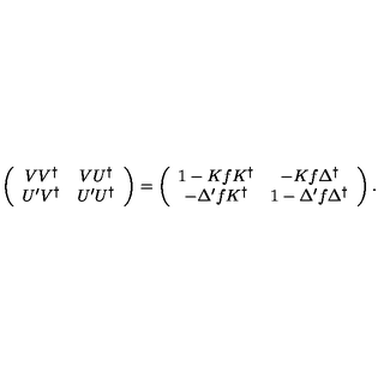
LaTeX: \left( \begin{array} { c c } { V V ^ { \dag } } & { V U ^ { \dag } } \\ { U ^ { \prime } V ^ { \dag } } & { U ^ { \prime } U ^ { \dag } } \\ \end{array} \right) = \left( \begin{array} { c c } { 1 - K f K ^ { \dag } } & { - K f \Delta ^ { \dag } } \\ { - \Delta ^ { \prime } f K ^ { \dag } } & { 1 - \Delta ^ { \prime } f \Delta ^ { \dag } } \\ \end{array} \right) .